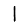
Digit: 1